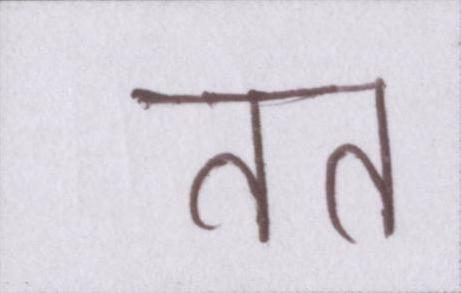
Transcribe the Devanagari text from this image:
तत